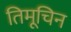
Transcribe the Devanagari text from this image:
तिमूचिन